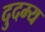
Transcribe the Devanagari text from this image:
दुदम्य